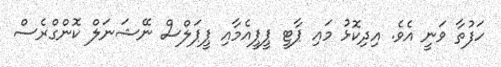
ހަފުތާ ވަނީ އެވެ. އިދިކޮޅު މައި ޕާޓީ ޕީޕީއެމާއި ޕީޕަލްސް ނޭޝަނަލް ކޮންގްރެސް